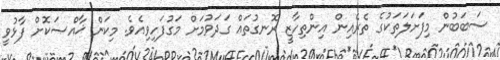
ސަބަބުން މިފަށަލަތަކުގެ ތެރެއިން އިންތިހާޒީ ރޮނގުތައް ގަދަވުމަށް މަގުފަހިވިއެވެ. މިކަން ޚާއްޞަކޮށް ފާޅުވީ